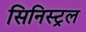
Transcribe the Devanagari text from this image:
सिनिस्ट्रल